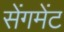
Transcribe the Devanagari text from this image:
सेंगमेंट